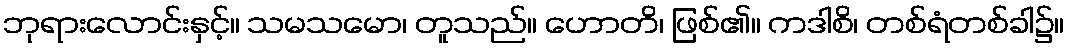
ဘုရားလောင်းနှင့်။ သမသမော၊ တူသည်။ ဟောတိ၊ ဖြစ်၏။ ကဒါစိ၊ တစ်ရံတစ်ခါ၌။